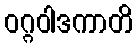
ဝဂ္ဂဝါဒကာတိ